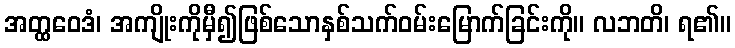
အတ္ထဝေဒံ၊ အကျိုးကိုမှီ၍ဖြစ်သောနှစ်သက်ဝမ်းမြောက်ခြင်းကို။ လဘတိ၊ ရ၏။